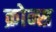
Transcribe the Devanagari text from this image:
क्रोन्स